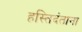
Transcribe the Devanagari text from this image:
हस्तिदंताना